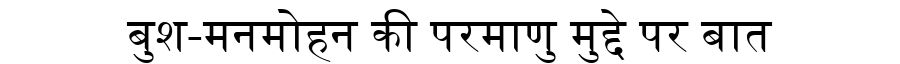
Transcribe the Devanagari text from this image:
बुश-मनमोहन की परमाणु मुद्दे पर बात